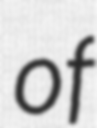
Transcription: of